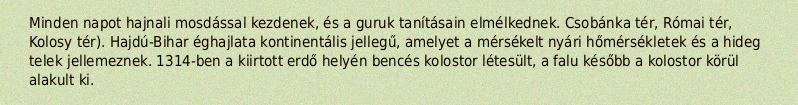
Minden napot hajnali mosdással kezdenek, és a guruk tanításain elmélkednek. Csobánka tér, Római tér, Kolosy tér). Hajdú-Bihar éghajlata kontinentális jellegű, amelyet a mérsékelt nyári hőmérsékletek és a hideg telek jellemeznek. 1314-ben a kiirtott erdő helyén bencés kolostor létesült, a falu később a kolostor körül alakult ki.